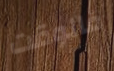
فالوقت